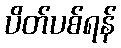
ပိတ်ပစ်ရန်